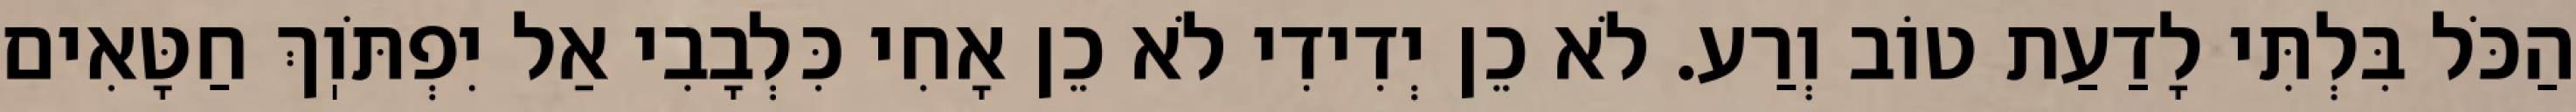
הַכֹּל בִּלְתִּי לָדַעַת טוֹב וְרַע. לֹא כֵן יְדִידִי לֹא כֵן אָחִי כִּלְבָבִי אַל יִפְתֹּוֽךְ חַטָּאִים